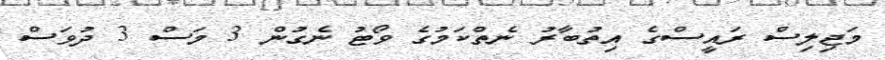
މަޖިލިސް ރައީސްގެ އިތުބާރު ނެތްކަމުގެ ވޯޓު ނެގުން 3 މަސް 3 ދުވަސް